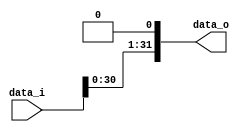
`timescale 1ns/1ps

module Shift_Left_1(
    input  		[32-1:0] data_i,
    output      [32-1:0] data_o
    );
/* Write your code HERE */
assign data_o = {data_i[30:0], 1'b0};

endmodule